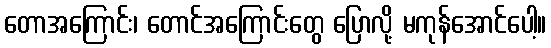
တောအကြောင်း၊ တောင်အကြောင်းတွေ ပြောလို့ မကုန်အောင်ပေါ့။